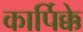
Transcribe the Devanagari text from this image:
कार्पिक्के